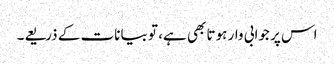
اس پر جوابی وار ہوتا بھی ہے، تو بیانات کے ذریعے۔